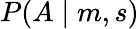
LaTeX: P(A\mid m,s)